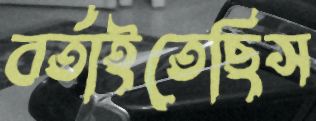
বর্তাইতেছিস